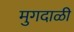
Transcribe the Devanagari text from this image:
मुगदाळी